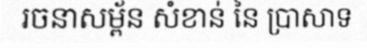
រចនាសម្ព័ន សំខាន់ នៃ ប្រាសាទ